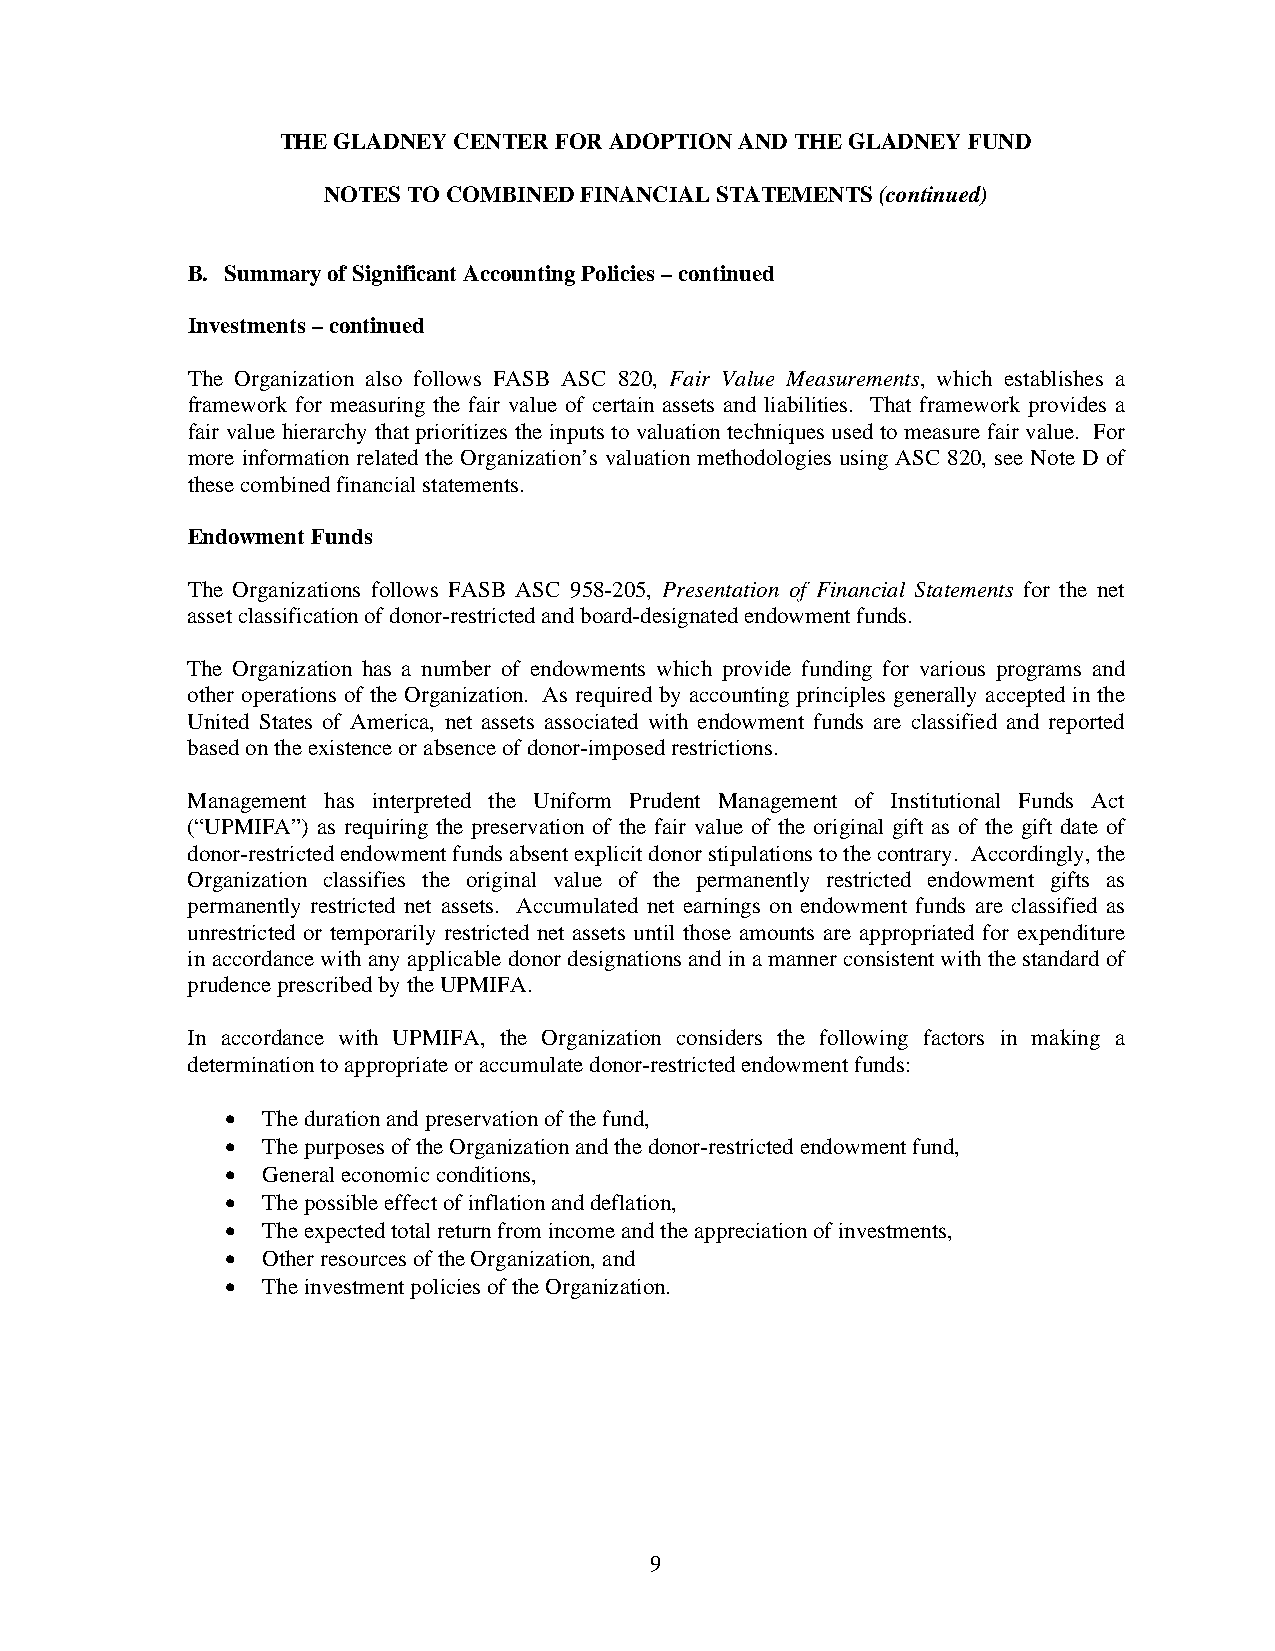
THE GLADNEY CENTER FOR ADOPTION AND THE GLADNEY FUND
 NOTES TO COMBINED FINANCIAL STATEMENTS (continued)
 B. Summary of Significant Accounting Policies – continued
 Investments – continued
 The Organization also follows FASB ASC 820, Fair Value Measurements, which establishes a
 framework for measuring the fair value of certain assets and liabilities. That framework provides a
 fair value hierarchy that prioritizes the inputs to valuation techniques used to measure fair value. For
 more information related the Organization’s valuation methodologies using ASC 820, see Note D of
 these combined financial statements.
 Endowment Funds
 The Organizations follows FASB ASC 958-205, Presentation of Financial Statements for the net
 asset classification of donor-restricted and board-designated endowment funds.
 The Organization has a number of endowments which provide funding for various programs and
 other operations of the Organization. As required by accounting principles generally accepted in the
 United States of America, net assets associated with endowment funds are classified and reported
 based on the existence or absence of donor-imposed restrictions.
 Management has interpreted the Uniform Prudent Management of Institutional Funds Act
 (“UPMIFA”) as requiring the preservation of the fair value of the original gift as of the gift date of
 donor-restricted endowment funds absent explicit donor stipulations to the contrary. Accordingly, the
 Organization classifies the original value of the permanently restricted endowment gifts as
 permanently restricted net assets. Accumulated net earnings on endowment funds are classified as
 unrestricted or temporarily restricted net assets until those amounts are appropriated for expenditure
 in accordance with any applicable donor designations and in a manner consistent with the standard of
 prudence prescribed by the UPMIFA.
 In accordance with UPMIFA, the Organization considers the following factors in making a
 determination to appropriate or accumulate donor-restricted endowment funds:
  The duration and preservation of the fund,
  The purposes of the Organization and the donor-restricted endowment fund,
  General economic conditions,
  The possible effect of inflation and deflation,
  The expected total return from income and the appreciation of investments,
  Other resources of the Organization, and
  The investment policies of the Organization.
 9